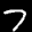
Label: 7